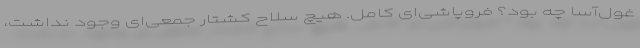
غول‌آسا چه بود؟ فروپاشی‌ای کامل. هیچ سلاح کشتار جمعی‌ای وجود نداشت،